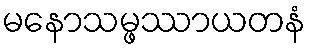
မနောသမ္ဖဿာယတနံ